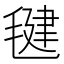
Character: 毽